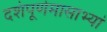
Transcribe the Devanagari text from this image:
दशंपूर्णमासाभ्यां